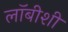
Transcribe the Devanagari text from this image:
लाॅबीशी